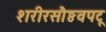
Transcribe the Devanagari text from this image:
शरीरसौष्ठवपटू